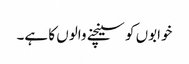
خوابوں کو سینچنے والوں کا ہے۔